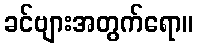
ခင်ဗျားအတွက်ရော။